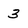
Character: 3